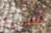
شيء